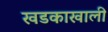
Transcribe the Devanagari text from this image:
खडकाखाली